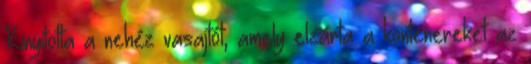
Kinyitotta a nehéz vasajtót, amely elzárta a konténereket az